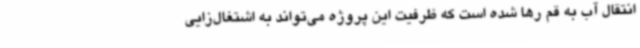
انتقال آب به قم رها شده است که ظرفیت این پروژه می‌تواند به اشتغال‌زایی